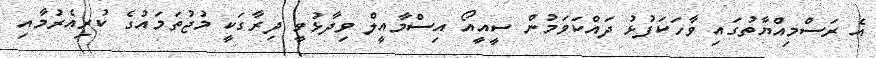
އެ ރަސްމިއްޔާތުގައި ވާހަކަފުޅު ދައްކަވަމުން ސީއީއޯ އިސްމާއީލް ވިދާޅުވީ ދިރާގަކީ މުޖުތަމައުގެ ކުރިއެރުމާއި